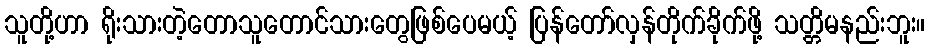
သူတို့ဟာ ရိုးသားတဲ့တောသူတောင်သားတွေဖြစ်ပေမယ့် ပြန်တော်လှန်တိုက်ခိုက်ဖို့ သတ္တိမနည်းဘူး။